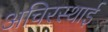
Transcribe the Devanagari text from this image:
अचिरस्थाई